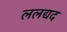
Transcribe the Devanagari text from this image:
ललद्यद